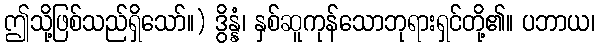
ဤသို့ဖြစ်သည်ရှိသော်။) ဒွိန္နံ၊ နှစ်ဆူကုန်သောဘုရားရှင်တို့၏။ ပဘာယ၊